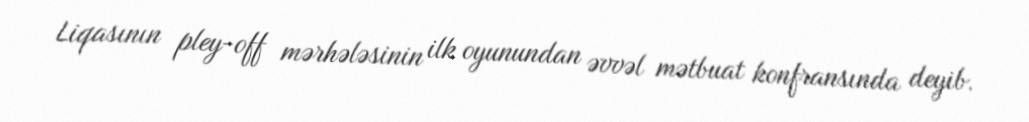
Liqasının pley-off mərhələsinin ilk oyunundan əvvəl mətbuat konfransında deyib.